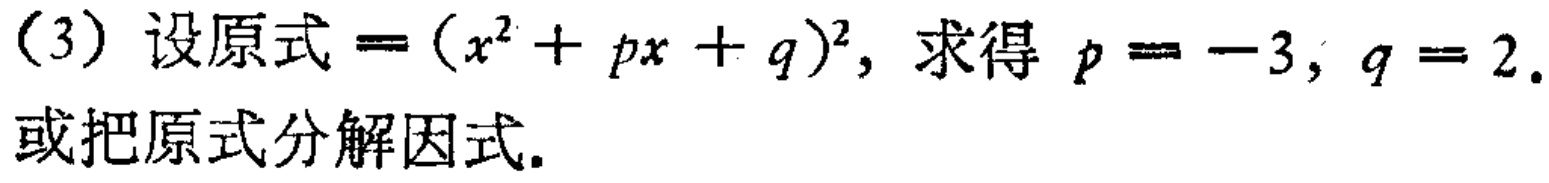
（3）设原式$=(x^{2}+px + q)^{2}$，求得$p = -3$，$q = 2$.

或把原式分解因式.